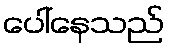
ပေါ်နေသည်